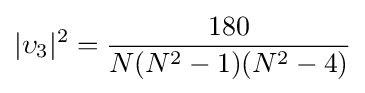
|\upsilon _{3}|^{2}={\frac {180}{N(N^{2}-1)(N^{2}-4)}}